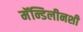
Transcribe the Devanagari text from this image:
मॅन्डिलीनशी